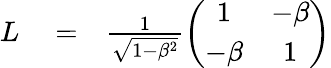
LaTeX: \begin{array}{rlr}{L}&{{}=}&{\frac{1}{\sqrt{1-\beta^{2}}}\left(\begin{array}{cc}{1}&{-\beta}\\ {-\beta}&{1}\end{array}\right)}\end{array}